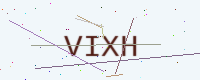
Text: VIXH